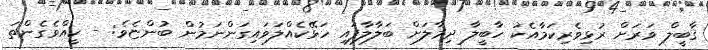
ޤާބީލް ވަރަށް ރުޅިވެރިކަމާއެކު ހާބީލާ ދިމާލަށް ބަލާލާފައި ހަޅޭކެއްލަވައިގަންނަމުން ބުންޏެވެ: - ކީއްވެގެންތަ